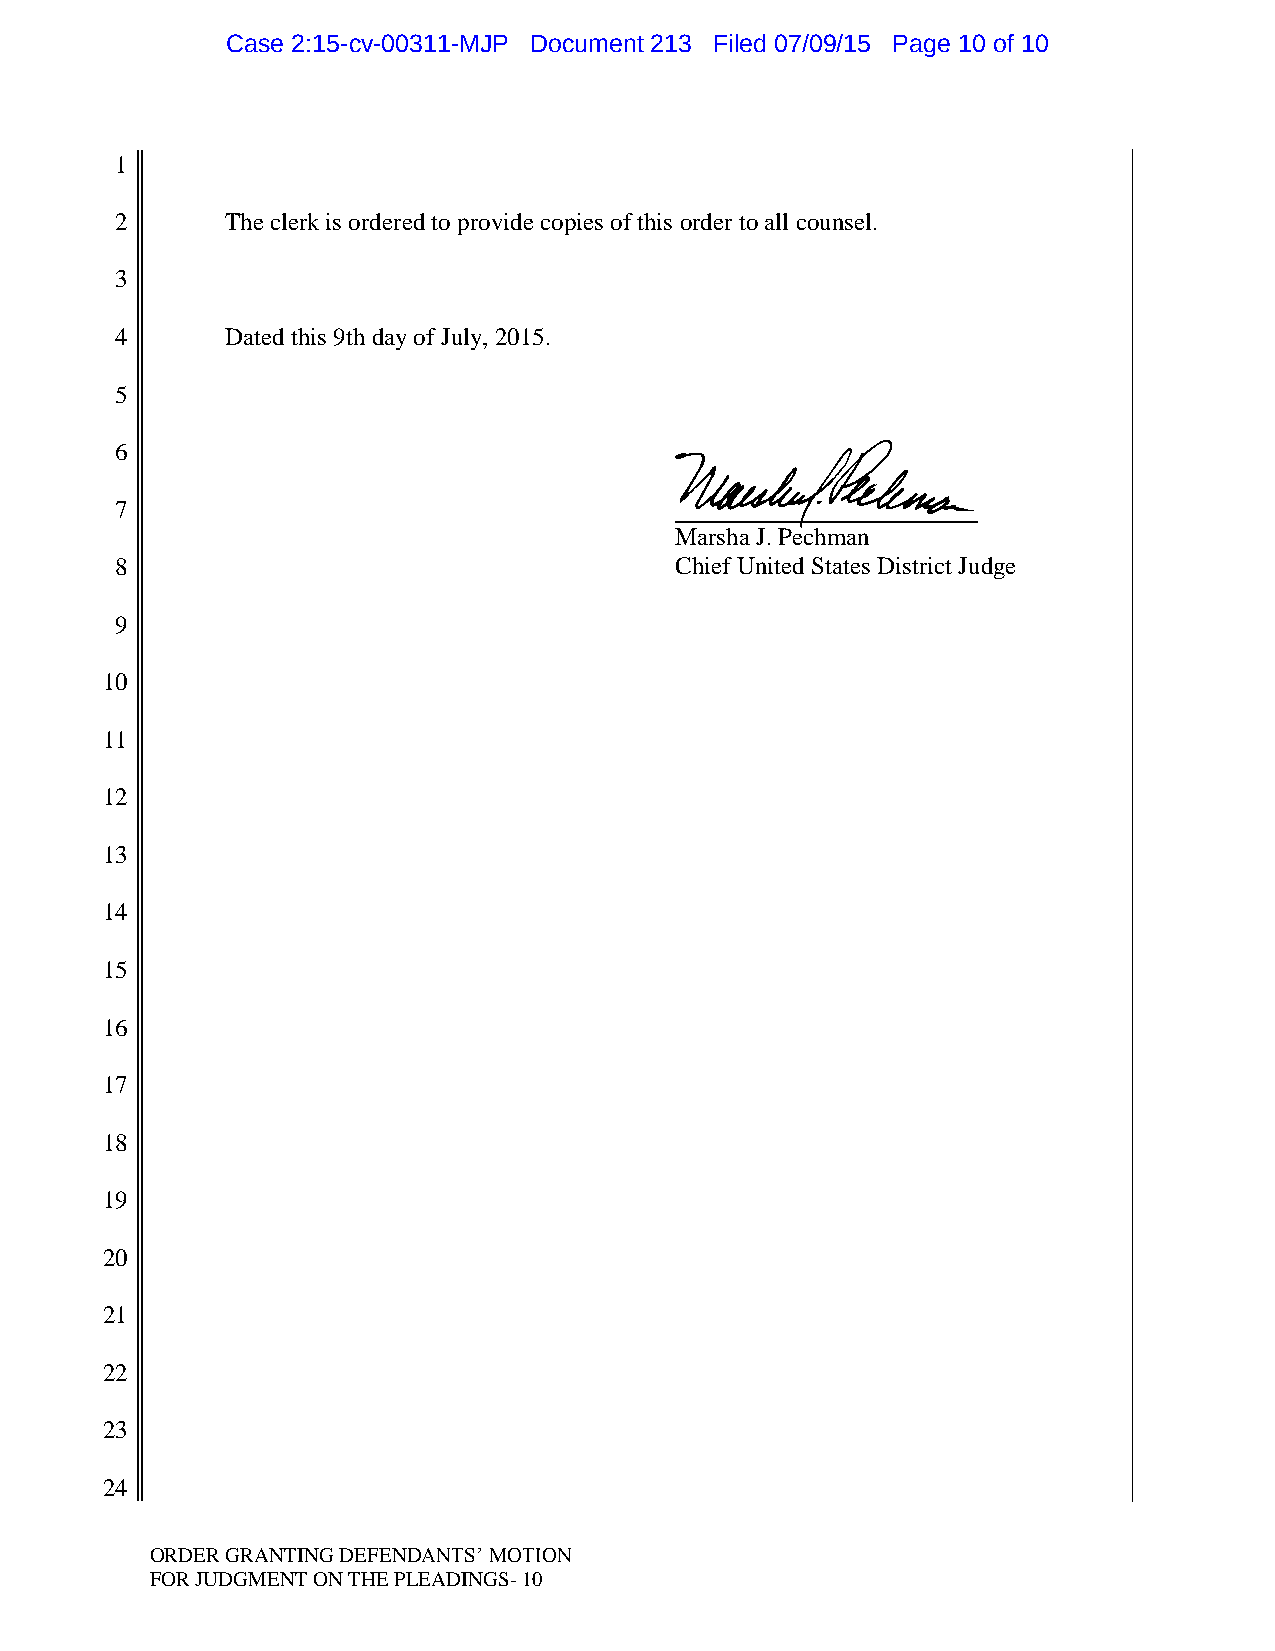
Case 2:15-cv-00311-MJP Document 213 Filed 07/09/15 Page 10 of 10
 1
 2      The clerk is ordered to provide copies of this order to all counsel.
 3
 4      Dated this 9th day of July, 2015.
 5
 6                                    A
 7
 Marsha J. Pechman
 8                                    Chief United States District Judge
 9
 10
 11
 12
 13
 14
 15
 16
 17
 18
 19
 20
 21
 22
 23
 24
 ORDER GRANTING DEFENDANTS‟ MOTION
 FOR JUDGMENT ON THE PLEADINGS- 10